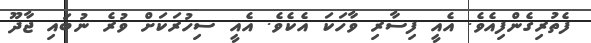
ފެތުރިގެންފިއެވެ. އެއީ ފިސާރި ވާހަކަ އެކެވެ. އެއީ ސިހުރަކަށް ވުރެ ނުބައި ޖާދޫ